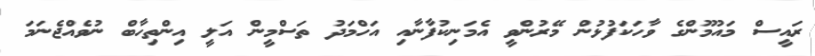
ރައީސް މައުމޫންގެ ވާހަކަފުޅުން މޭރުންވީ އެމަނިކުފާނާއި އަހްމަދު ތަސްމީން އަލީ އިންތިހާބް ނުވެއްޖެނަމަ